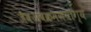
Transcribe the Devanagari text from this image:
जैवअवक्रमणयोग्य